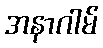
အနာဂါမ်